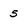
Character: 5